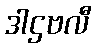
ဒါဌဗလီ